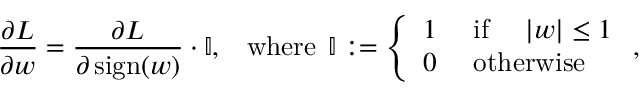
\frac { \partial L } { \partial \boldsymbol { w } } = \frac { \partial L } { \partial \operatorname { s i g n } ( \boldsymbol { w } ) } \cdot \mathbb { I } , \; \; \; \operatorname { w h e r e } \; \mathbb { I } : = \left\{ \begin{array} { l l } { 1 } & { \mathrm { ~ i f ~ } \quad | \boldsymbol { w } | \leq 1 } \\ { 0 } & { \mathrm { ~ o t h e r w i s e } } \end{array} \right. ,